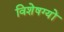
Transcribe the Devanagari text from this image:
विशेषग्यों